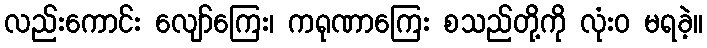
လည်းကောင်း လျော်ကြေး၊ ကရုဏာကြေး စသည်တို့ကို လုံးဝ မရခဲ့။